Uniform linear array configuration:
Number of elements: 4
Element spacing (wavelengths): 0.5
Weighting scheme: exponential
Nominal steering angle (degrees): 30
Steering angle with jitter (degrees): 28.671
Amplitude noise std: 0.05
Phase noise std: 0.05

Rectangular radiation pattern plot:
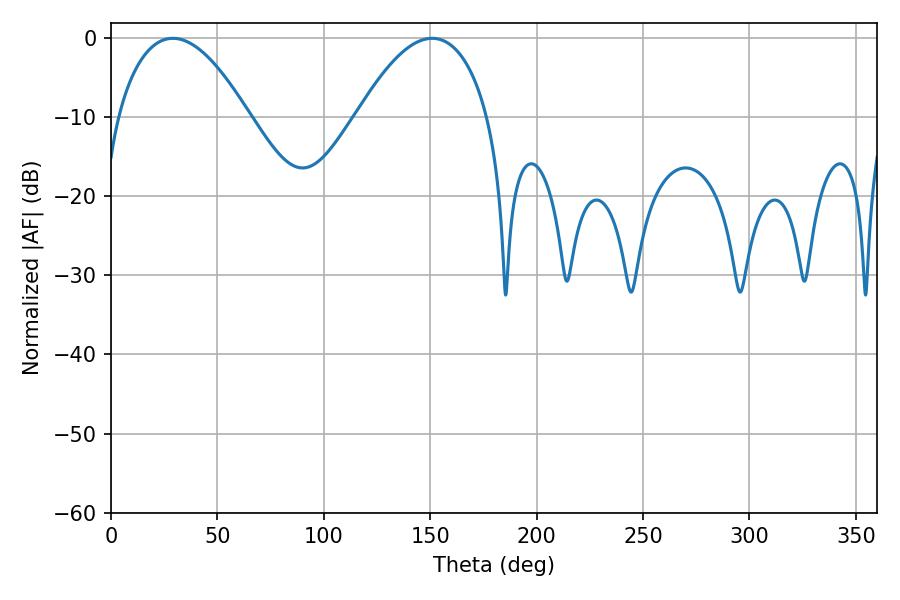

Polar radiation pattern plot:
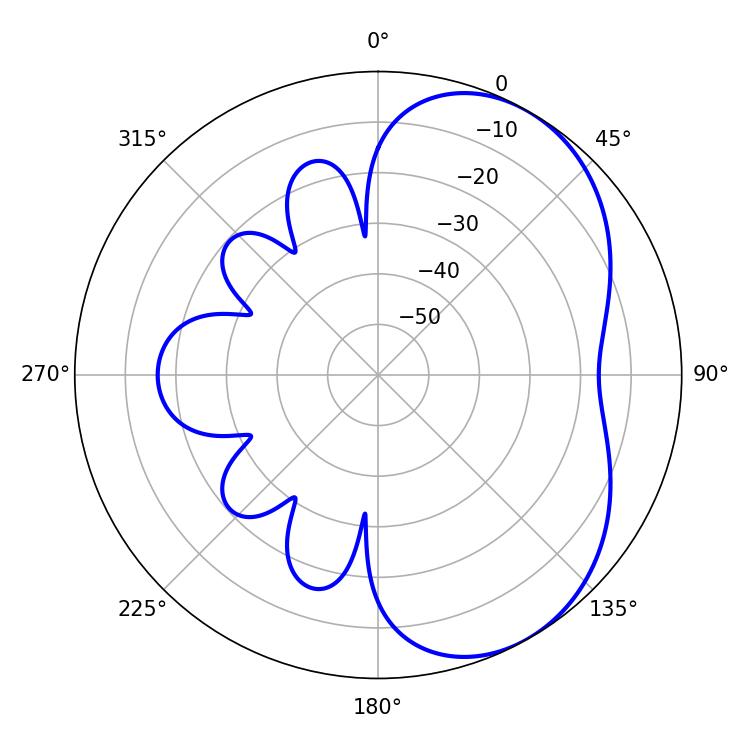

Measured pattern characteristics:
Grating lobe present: FALSE
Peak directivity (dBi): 4.838
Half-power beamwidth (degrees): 34.2
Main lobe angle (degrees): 29.16